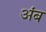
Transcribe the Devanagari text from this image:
अंब